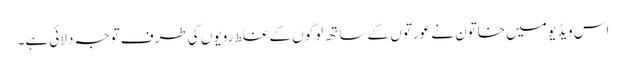
اس ویڈیو میں خاتون نے عورتوں کے ساتھ لوگوں کے غلط رویوں کی طرف توجہ دلائی ہے۔